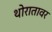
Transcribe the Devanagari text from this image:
थोरातावर